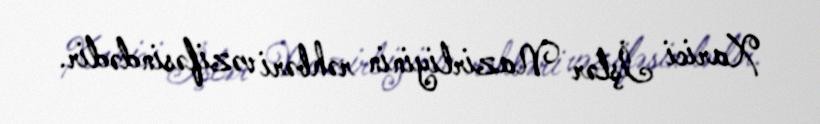
Xarici İşlər Nazirliyinin rəhbəri vəzifəsindədir.